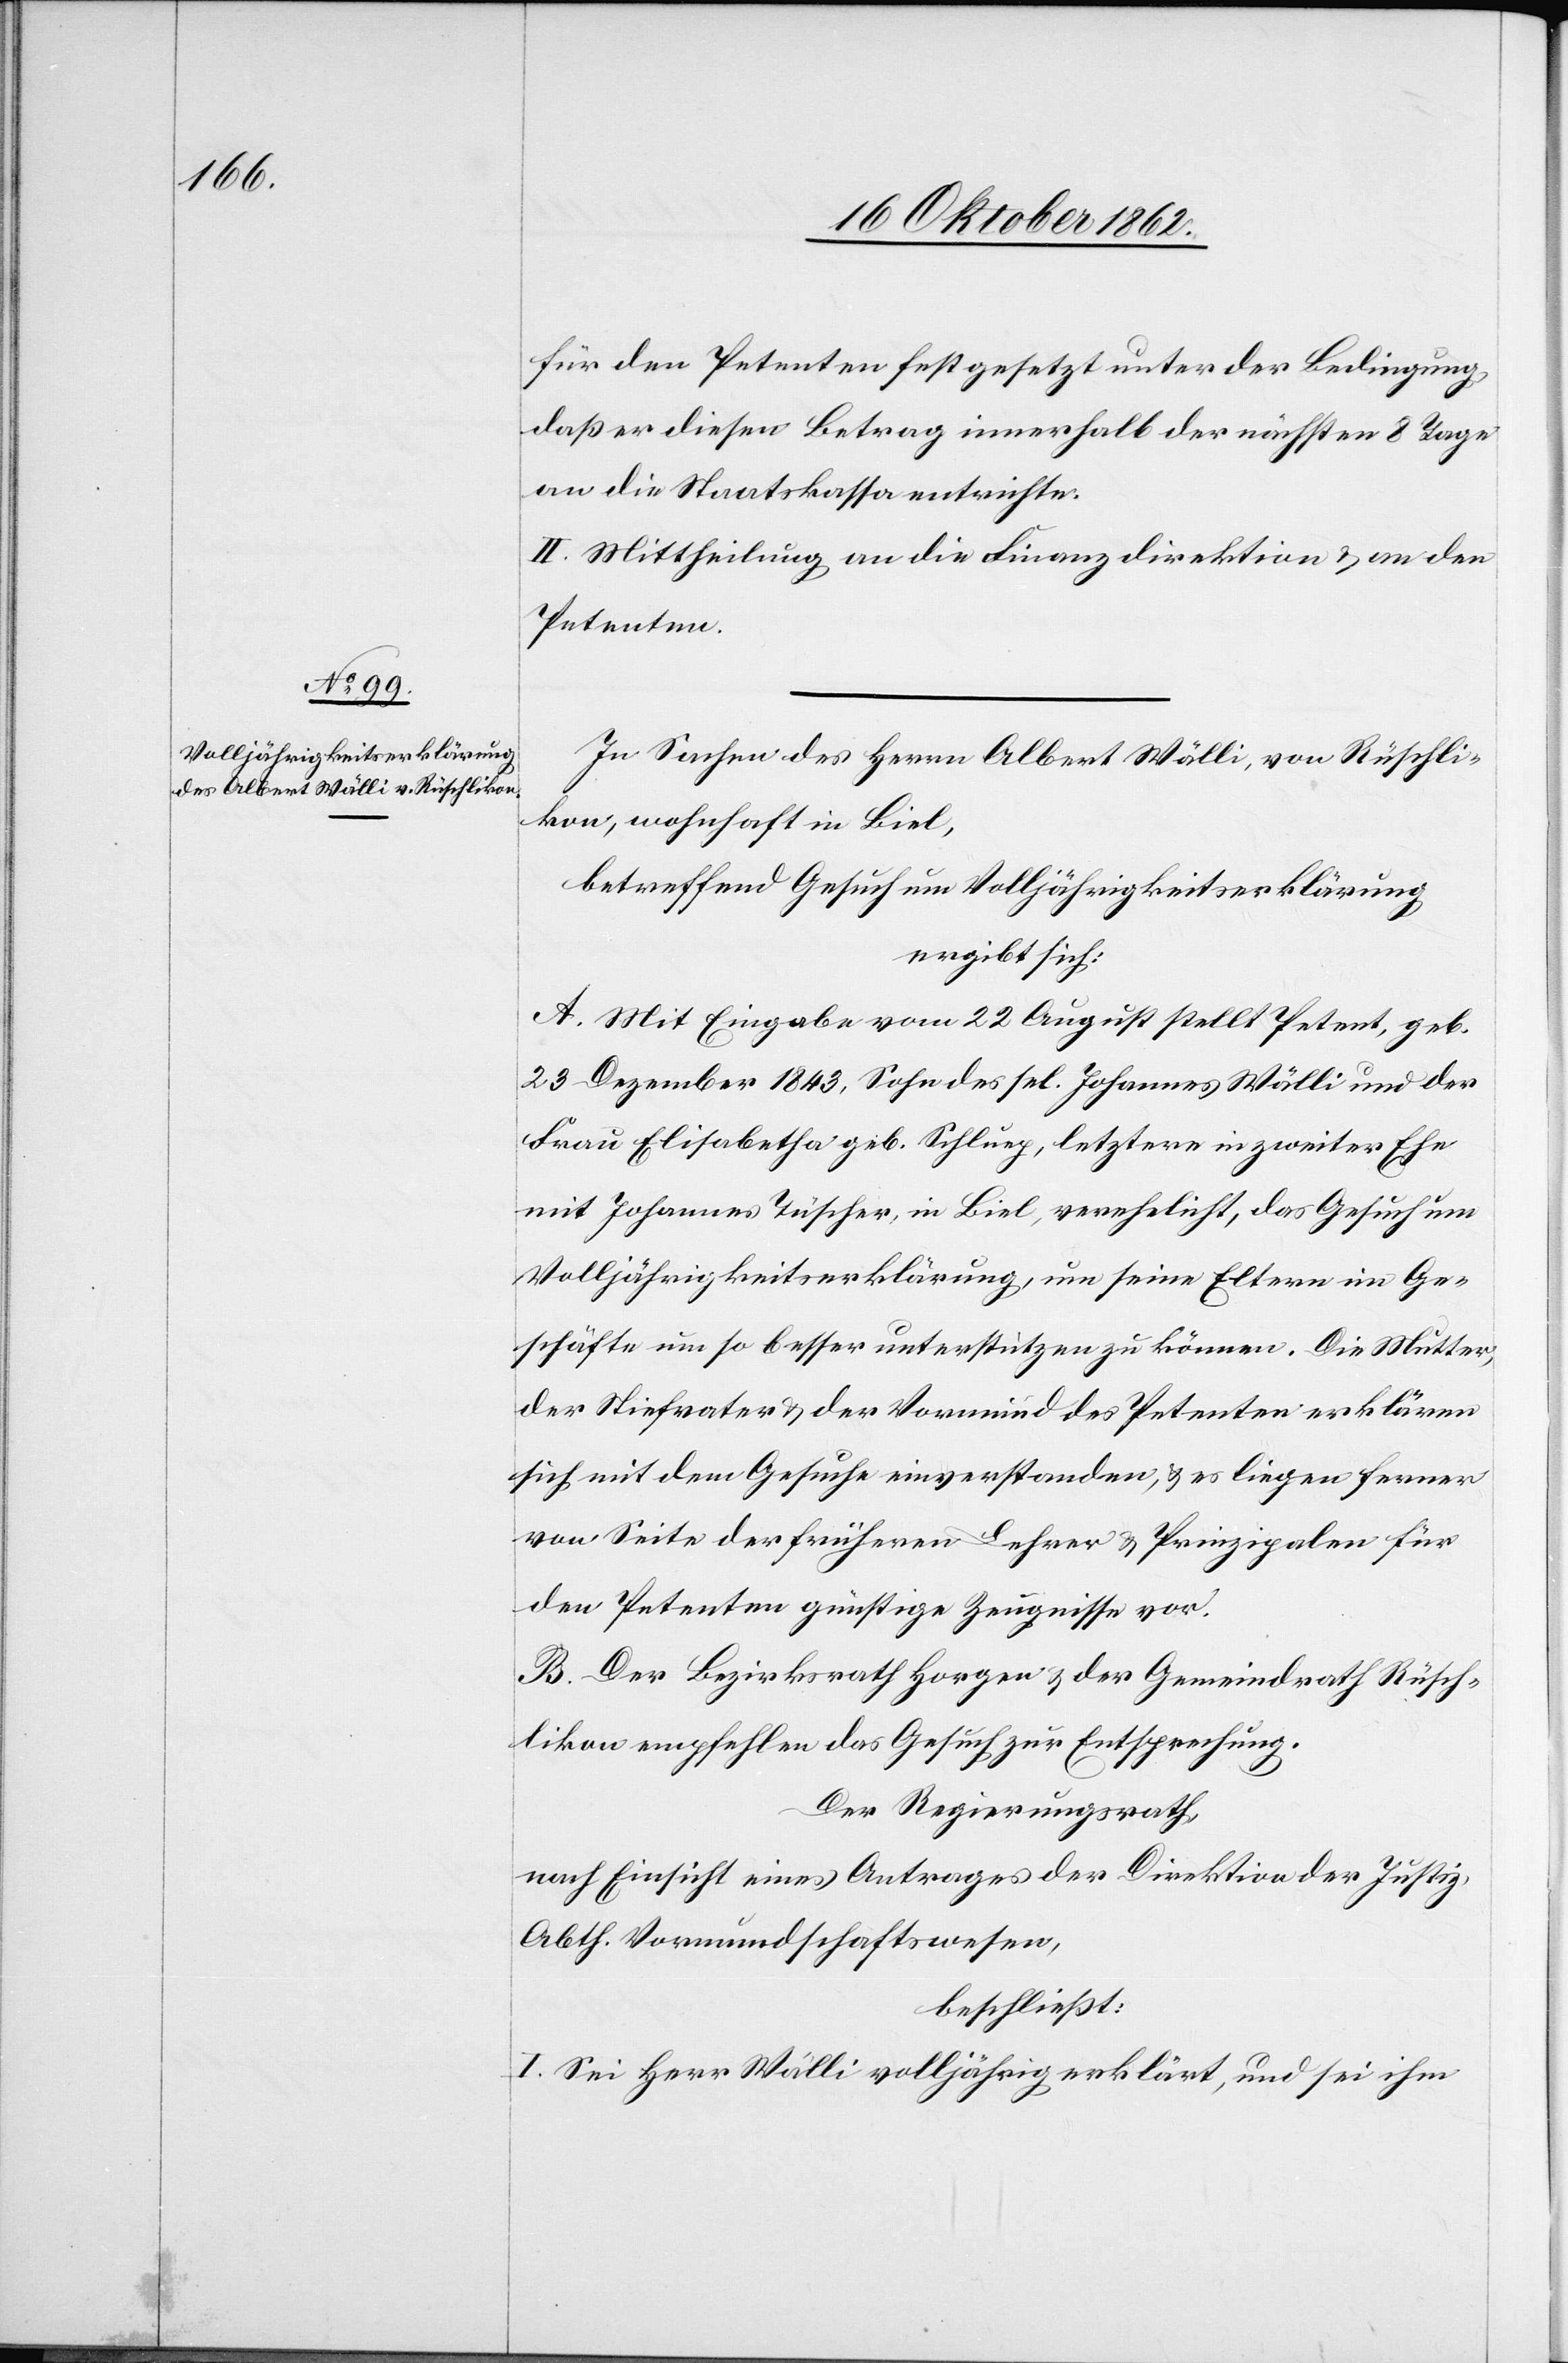
für den Petenten festgesetzt unter der Bedingung,
daß er diesen Betrag innerhalb der nächsten 8 Tage
an die Staatskassa entrichte.
II. Mittheilung an die Finanzdirektion u. an den
Petenten.
In Sachen des Herrn Albert Wälli, von Rüschli¬
kon, wohnhaft in Biel,
betreffend Gesuch um Volljährigkeitserklärung
ergibt sich:
A. Mit Eingabe vom 22. August stellt Petent, geb.
23. Dezember 1843, Sohn des sel. Johannes Wälli und der
Frau Elisabetha geb. Schlueg, letztere in zweiter Ehe
mit Johannes Tüscher, in Biel, verehelicht, das Gesuch um
Volljährigkeitserklärung, um seine Eltern im Ge¬
schäfte um so besser unterstützen zu können. Die Mutter,
der Stiefvater u. der Vormund des Petenten erklären
sich mit dem Gesuche einverstanden, u. es liegen ferner
von Seite der früheren Lehrer u. Prinzipalen für
den Petenten günstige Zeugnisse vor.
B. Der Bezirksrath Horgen u. der Gemeindrath Rüsch¬
likon empfehlen das Gesuch zur Entsprechung.
Der Regierungsrath,
nach Einsicht eines Antrages der Direktion der Justiz,
Abth. Vormundschaftswesen,
beschließt:
I. Sei Herr Wälli volljährig erklärt, und sei ihm